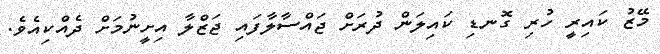
މޭޒު ކައިރީ ހުރި ގޮނޑި ކައިލަން ދުރަށް ޖައްސާލާފައި ޖަޒްލާ އިށީނުމަށް ދެއްކިއެވެ.